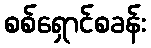
စစ်ရှောင်စခန်း